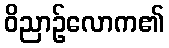
ဝိညာဉ်လောက၏